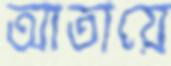
আতায়ে